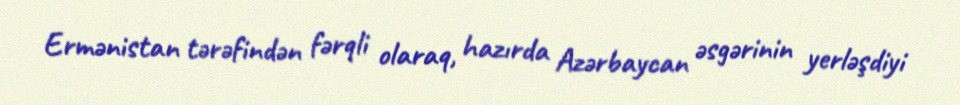
Ermənistan tərəfindən fərqli olaraq, hazırda Azərbaycan əsgərinin yerləşdiyi